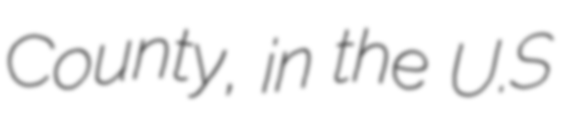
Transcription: County, in the U.S